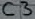
Text: C3